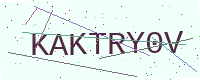
Text: KAKTRY0V